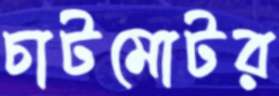
চাটমোটর